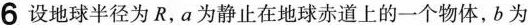
6设地球半径为R，a为静止在地球赤道上的一个物体，b为